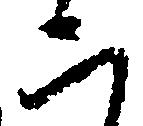
二